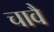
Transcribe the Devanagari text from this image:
चावै